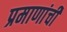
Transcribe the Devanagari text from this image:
प्रमाणांची